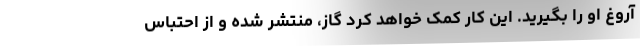
آروغ او را بگیرید. این کار کمک خواهد کرد گاز، منتشر شده و از احتباس